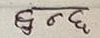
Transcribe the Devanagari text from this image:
हुन्छ